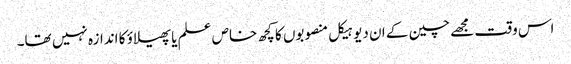
اس وقت مجھے چین کے ان دیو ہیکل منصوبوں کا کچھ خاص علم یا پھیلاؤ کا اندازہ نہیں تھا۔